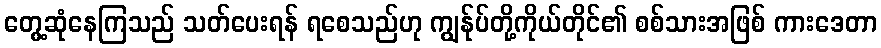
တွေ့ဆုံနေကြသည် သတ်ပေးရန် ရစေသည်ဟု ကျွန်ုပ်တို့ကိုယ်တိုင်၏ စစ်သားအဖြစ် ကားဒေတာ